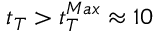
t _ { T } > t _ { T } ^ { M a x } \approx 1 0